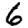
Digit: 6